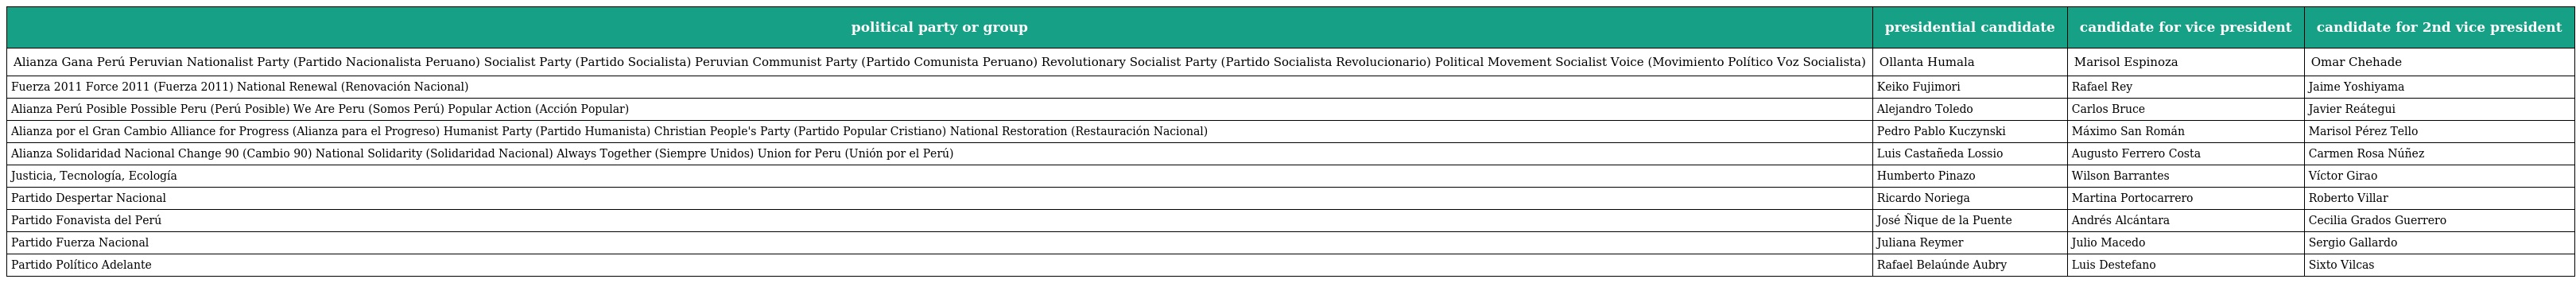
| political party or group | presidential candidate | candidate for vice president | candidate for 2nd vice president |
 | --- | --- | --- | --- |
 | Alianza Gana Perú Peruvian Nationalist Party (Partido Nacionalista Peruano) Socialist Party (Partido Socialista) Peruvian Communist Party (Partido Comunista Peruano) Revolutionary Socialist Party (Partido Socialista Revolucionario) Political Movement Socialist Voice (Movimiento Político Voz Socialista) | Ollanta Humala | Marisol Espinoza | Omar Chehade |
 | Fuerza 2011 Force 2011 (Fuerza 2011) National Renewal (Renovación Nacional) | Keiko Fujimori | Rafael Rey | Jaime Yoshiyama |
 | Alianza Perú Posible Possible Peru (Perú Posible) We Are Peru (Somos Perú) Popular Action (Acción Popular) | Alejandro Toledo | Carlos Bruce | Javier Reátegui |
 | Alianza por el Gran Cambio Alliance for Progress (Alianza para el Progreso) Humanist Party (Partido Humanista) Christian People's Party (Partido Popular Cristiano) National Restoration (Restauración Nacional) | Pedro Pablo Kuczynski | Máximo San Román | Marisol Pérez Tello |
 | Alianza Solidaridad Nacional Change 90 (Cambio 90) National Solidarity (Solidaridad Nacional) Always Together (Siempre Unidos) Union for Peru (Unión por el Perú) | Luis Castañeda Lossio | Augusto Ferrero Costa | Carmen Rosa Núñez |
 | Justicia, Tecnología, Ecología | Humberto Pinazo | Wilson Barrantes | Víctor Girao |
 | Partido Despertar Nacional | Ricardo Noriega | Martina Portocarrero | Roberto Villar |
 | Partido Fonavista del Perú | José Ñique de la Puente | Andrés Alcántara | Cecilia Grados Guerrero |
 | Partido Fuerza Nacional | Juliana Reymer | Julio Macedo | Sergio Gallardo |
 | Partido Político Adelante | Rafael Belaúnde Aubry | Luis Destefano | Sixto Vilcas |